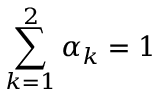
\sum _ { k = 1 } ^ { 2 } \alpha _ { k } = 1